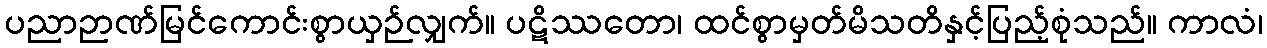
ပညာဉာဏ်မြင်ကောင်းစွာယှဉ်လျှက်။ ပဋိဿတော၊ ထင်စွာမှတ်မိသတိနှင့်ပြည့်စုံသည်။ ကာလံ၊